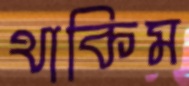
থাকিম